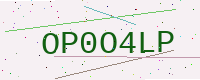
Text: OP0O4LP